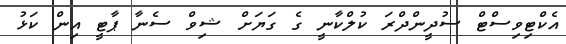
އެކްޓިވިސްޓް ސުދީންދްރަ ކުލްކާނީ ގެ ގަޔަށް ޝިވް ސެނާ ޕާޓީ އިން ކަޅު